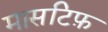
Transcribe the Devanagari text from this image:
मासटिफ़